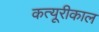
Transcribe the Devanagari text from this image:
कत्यूरीकाल